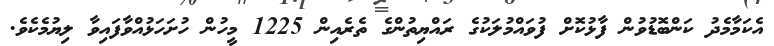
އެކަމާމެދު ކަންބޮޑުވުން ފާޅުކޮށް ފުވައްމުލަކުގެ ރައްޔިތުންގެ ތެރެއިން 1225 މީހުން ހުށަހަޅުއްވާފައިވާ ލިޔުމެކެވެ.